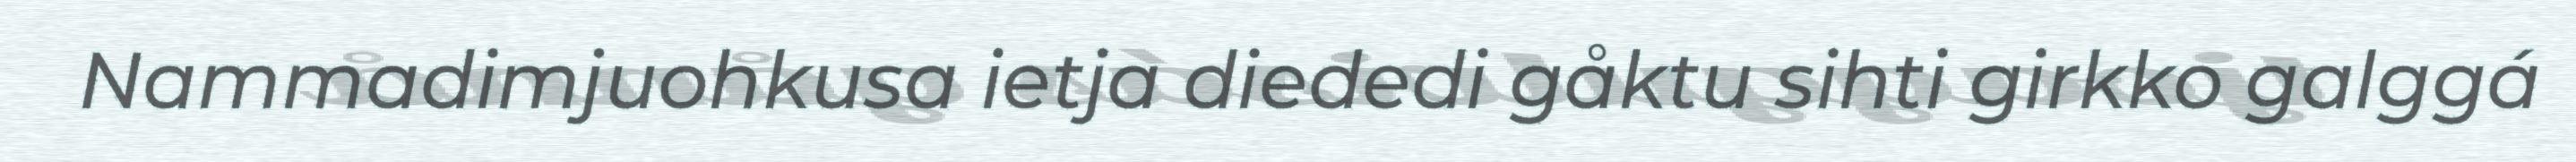
Nammadimjuohkusa ietja diededi gåktu sihti girkko galggá